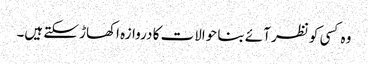
وہ کسی کو نظر آئے بنا حوالات کا دروازہ اکھاڑ سکتے ہیں۔